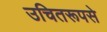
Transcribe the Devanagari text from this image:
उचितरूपसे